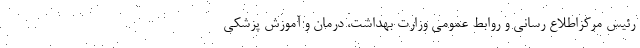
رئیس مرکزاطلاع رسانی و روابط عمومی وزارت بهداشت، درمان و آموزش پزشکی